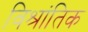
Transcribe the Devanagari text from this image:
विश्रांतिक